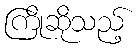
ကြိုဆိုသည့်